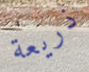
ذريعة